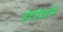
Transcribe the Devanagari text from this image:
हेटौडामे